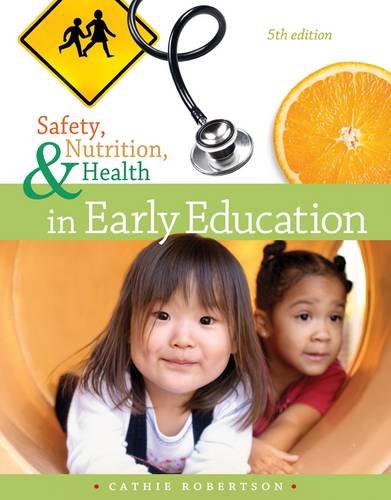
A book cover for Safety, Nutrition and Health in Early Education; Cathie Robertson; Education & Teaching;